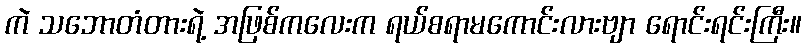
ကဲ သဘောတံတားရဲ့ အဖြစ်ကလေးက ရယ်စရာမကောင်းလားဗျာ ရောင်းရင်းကြီး။